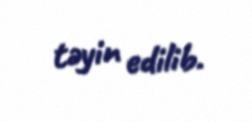
təyin edilib.